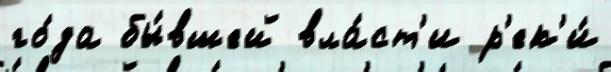
го́да бы́вшей вла́ст'и р'ек'и́